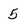
Character: 5